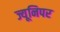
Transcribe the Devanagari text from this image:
ज्यूनिपर